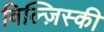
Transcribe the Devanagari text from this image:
विल्ज़िस्की